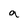
Character: a